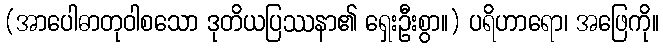
(အာပေါဓာတုဝါစသော ဒုတိယပြဿနာ၏ ရှေးဦးစွာ။) ပရိဟာရော၊ အဖြေကို။